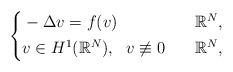
LaTeX: \begin{align*}\left\{\begin{aligned}&-\Delta{v}= f(v)~~&~\mathbb{R}^N,\\&v\in H^1(\mathbb{R}^N),~~v\not\equiv0~~&~\mathbb{R}^N,\end{aligned}\right.\end{align*}